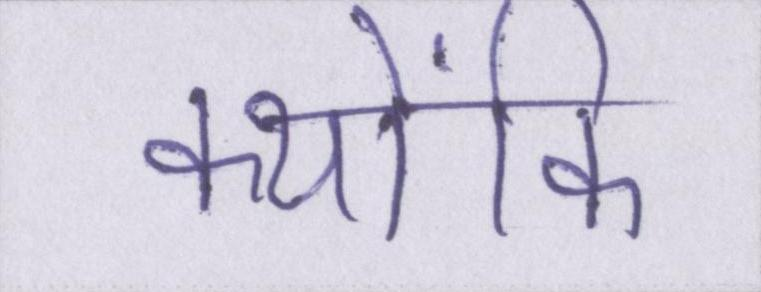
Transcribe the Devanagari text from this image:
क्योंकि